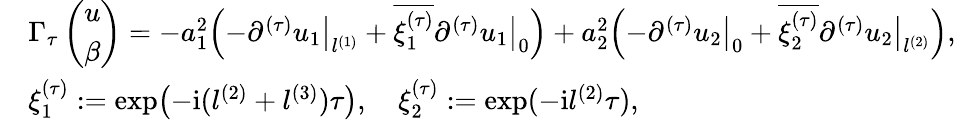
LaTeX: \begin{array}{rl}&{\Gamma_{\tau}\left(\begin{array}{l}{u}\\ {\beta}\end{array}\right)=-a_{1}^{2}\Bigl(-\partial^{(\tau)}u_{1}\big\vert_{l^{(1)}}+\overline{{\xi_{1}^{(\tau)}}}\partial^{(\tau)}u_{1}\big\vert_{0}\Bigr)+a_{2}^{2}\Bigl(-\partial^{(\tau)}u_{2}\big\vert_{0}+\overline{{\xi_{2}^{(\tau)}}}\partial^{(\tau)}u_{2}\big\vert_{l^{(2)}}\Bigr),}\\ &{\xi_{1}^{(\tau)}:=\exp\bigl(-\mathrm{i}(l^{(2)}+l^{(3)})\tau\bigr),\quad\xi_{2}^{(\tau)}:=\exp(-\mathrm{i}l^{(2)}\tau),}\end{array}